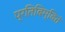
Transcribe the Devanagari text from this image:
प्रतिबिम्बितं